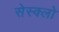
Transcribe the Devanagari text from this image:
सेस्क्लो